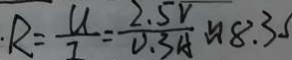
\cdot R = \frac { u } { I } = \frac { 2 . 5 V } { 0 . 3 A } \approx 8 . 3